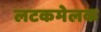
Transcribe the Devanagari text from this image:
लटकमेलक